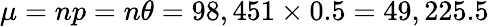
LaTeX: \textstyle\mu=np=n\theta=98,451\times 0.5=49,225.5